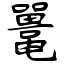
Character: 鼍